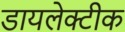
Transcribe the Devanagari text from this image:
डायलेक्टीक